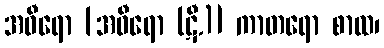
အဓီရော [အဝီရော (ဋီ.)] ကာတရော စာထ၊